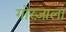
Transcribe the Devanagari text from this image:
गोरज़ाला